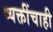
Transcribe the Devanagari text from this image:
व्यक्तींचाही